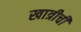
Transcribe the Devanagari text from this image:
खात्रीची